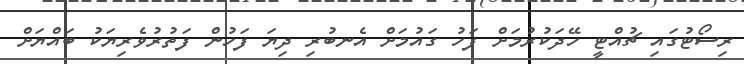
ރިސޯޓުގައި ޗުއްޓީ ހޭދަކުރުމަށް ފަހު ގައުމަށް އެނބުރި ދިޔަ ފަހުން ފަތުރުވެރިޔަކު ބައްޔަށް